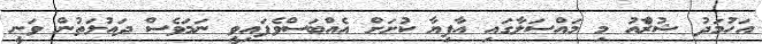
އަހުމަދު ޝުރާެއު މި މައްސަލާގައި އާފިޔާ ކުށަށް އެއްބަސްވެފައިވީ ނަމަވެސް ދައުލަތުން ވަނީ